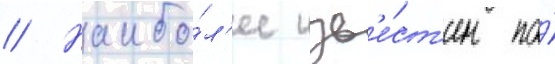
// Наибо́л'ее изв'е́ст'ен по́